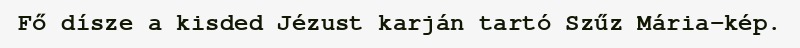
Fő dísze a kisded Jézust karján tartó Szűz Mária-kép.